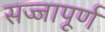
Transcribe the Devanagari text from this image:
सज्जापूर्ण